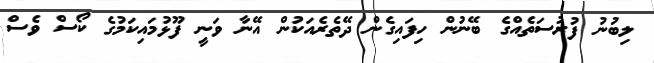
ލިބުނު ފުރުސަތެއްގެ ބޭނުން ހިފައިގެން ދޭތެރެއަކުން އޭނާ ވަނީ ފޫޅުމައިކަމުގެ ކޯސް ވެސް